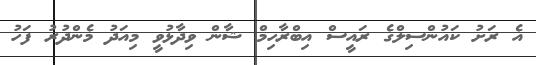
އެ ރަށު ކައުންސިލްގެ ރައީސް އިބްރާހިމް ޝާން ވިދާޅުވީ މިއަދު މެންދުރު ފަހު